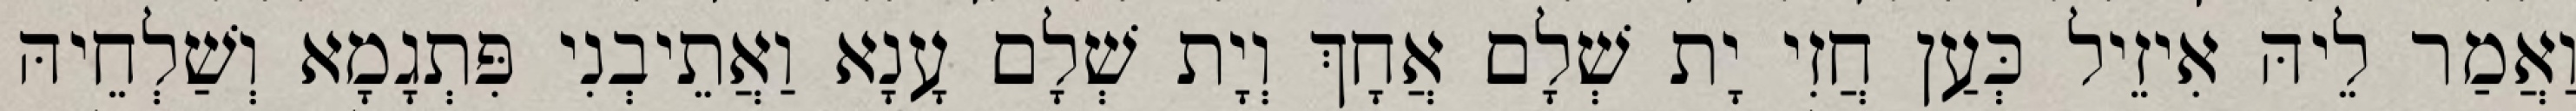
וַאֲמַר לֵיהּ אִיזֵיל כְּעַן חֲזִי יָת שְׁלָם אֲחָךְ וְיָת שְׁלָם עָנָא וַאֲתֵיבְנִי פִּתְגָמָא וְשַׁלְחֵיהּ